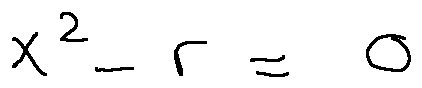
x ^ { 2 } - r = 0